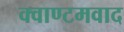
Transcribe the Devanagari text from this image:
क्वाण्टमवाद